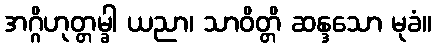
အဂ္ဂိဟုတ္တမ္ခါ ယညာ၊ သာဝိတ္တိ ဆန္ဒသော မုခံ။